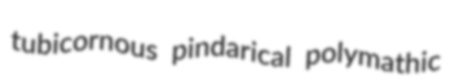
tubicornous pindarical polymathic